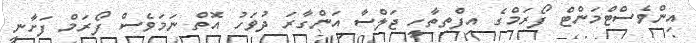
އިންވެސްޓްމަންޓް ފޯރަމްގެ އިފްތިތާހީ ޖަލްސާ އަންގާރަ ދުވަހު އޮތް ނަމަވެސް ފޯރަމް ފަށާނީ